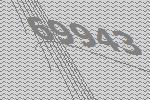
69943